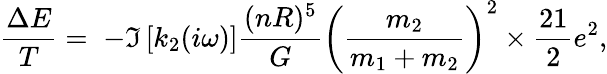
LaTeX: \frac{\Delta E}{T}=\; -\Im\left[k_{2}(i\omega)\right]\frac{(nR)^{5}}{G}\left(\frac{m_{2}}{m_{1}+m_{2}}\right)^{2}\times\frac{21}{2}e^{2},